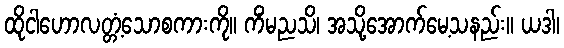
ထိုငါဟောလတ္တံ့သောစကားကို။ ကိံမညသိ၊ အသို့အောက်မေ့သနည်း။ ယဒါ၊